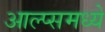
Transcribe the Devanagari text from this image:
आल्प्समध्ये